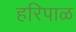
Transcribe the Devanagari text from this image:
हरिपाळ